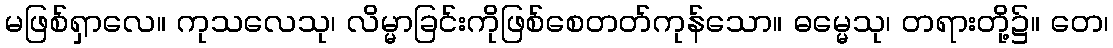
မဖြစ်ရှာလေ။ ကုသလေသု၊ လိမ္မာခြင်းကိုဖြစ်စေတတ်ကုန်သော။ ဓမ္မေသု၊ တရားတို့၌။ တေ၊